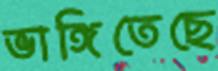
ভাঙ্গিতেছে